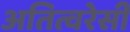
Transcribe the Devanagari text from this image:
अतित्वरेसी